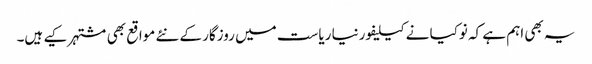
یہ بھی اہم ہے کہ نوکیا نے کیلیفورنیا ریاست میں روزگار کے نئے مواقع بھی مشتہر کیے ہیں۔